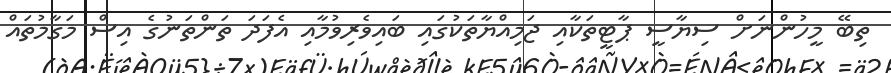
ތިބޭ މީހުންނަށް ސިޔާސީ ޕާޓީތަކާއި ޖަމިއްޔާތަކުގައި ބައިވެރިވުމާއި އެފަދަ ތަންތަނުގެ އިސް މަގާމުތައް